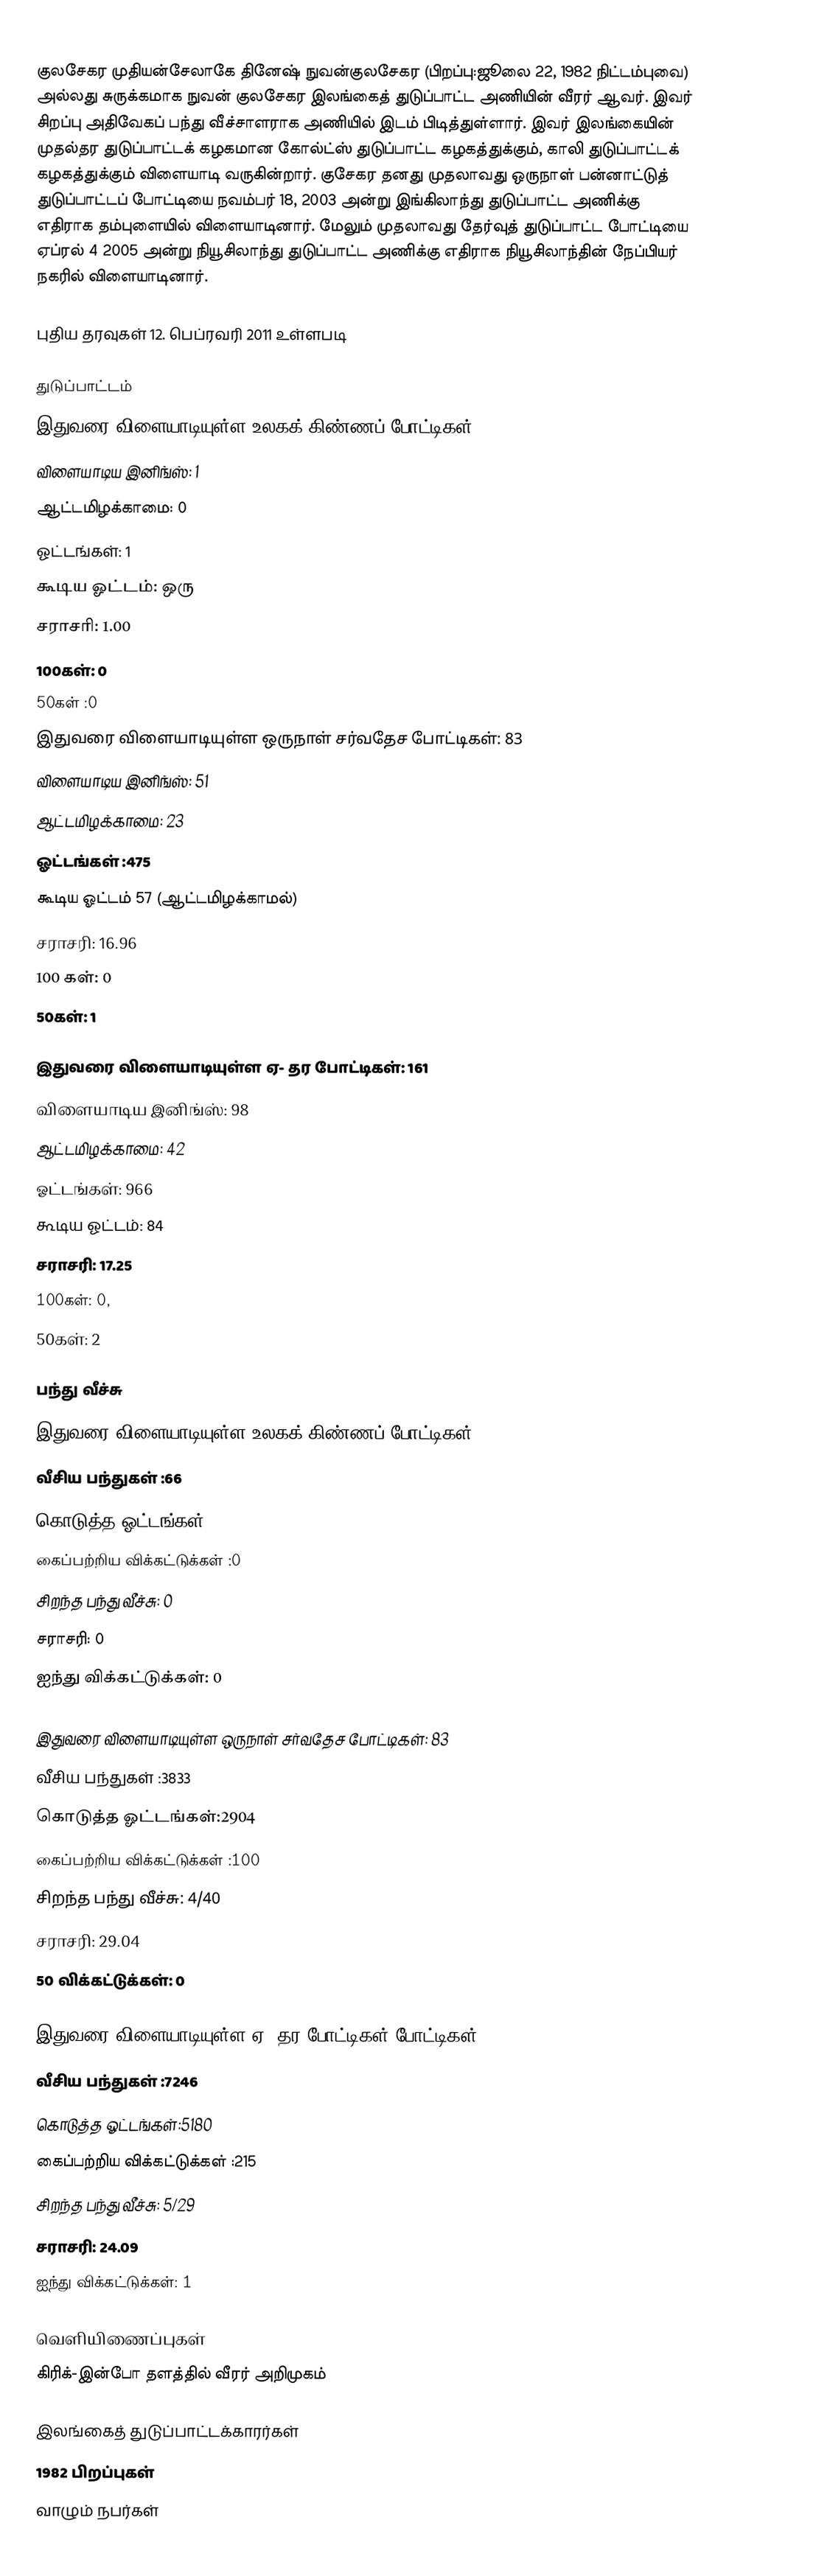
குலசேகர முதியன்சேலாகே தினேஷ் நுவன்குலசேகர (பிறப்பு:ஜூலை 22, 1982 நிட்டம்புவை) அல்லது சுருக்கமாக நுவன் குலசேகர இலங்கைத் துடுப்பாட்ட அணியின் வீரர் ஆவர். இவர் சிறப்பு அதிவேகப் பந்து வீச்சாளராக அணியில் இடம் பிடித்துள்ளார். இவர் இலங்கையின் முதல்தர துடுப்பாட்டக் கழகமான கோல்ட்ஸ் துடுப்பாட்ட கழகத்துக்கும், காலி துடுப்பாட்டக் கழகத்துக்கும் விளையாடி வருகின்றார். குசேகர தனது முதலாவது ஒருநாள் பன்னாட்டுத் துடுப்பாட்டப் போட்டியை நவம்பர் 18, 2003 அன்று இங்கிலாந்து துடுப்பாட்ட அணிக்கு எதிராக தம்புளையில் விளையாடினார். மேலும் முதலாவது தேர்வுத் துடுப்பாட்ட போட்டியை ஏப்ரல் 4 2005 அன்று நியூசிலாந்து துடுப்பாட்ட அணிக்கு எதிராக நியூசிலாந்தின் நேப்பியர் நகரில் விளையாடினார்.

புதிய தரவுகள் 12. பெப்ரவரி 2011 உள்ளபடி

துடுப்பாட்டம்
இதுவரை விளையாடியுள்ள உலகக் கிண்ணப் போட்டிகள்: 2
 விளையாடிய இனிங்ஸ்: 1
 ஆட்டமிழக்காமை: 0
 ஓட்டங்கள்: 1
 கூடிய ஓட்டம்: ஒரு
 சராசரி: 1.00
 100கள்: 0
 50கள் :0
இதுவரை விளையாடியுள்ள ஒருநாள் சர்வதேச போட்டிகள்: 83
 விளையாடிய இனிங்ஸ்: 51
 ஆட்டமிழக்காமை: 23
 ஓட்டங்கள் :475
 கூடிய ஓட்டம் 57 (ஆட்டமிழக்காமல்)
 சராசரி: 16.96
 100 கள்: 0
 50கள்: 1

இதுவரை விளையாடியுள்ள ஏ- தர போட்டிகள்: 161
 விளையாடிய இனிங்ஸ்: 98
 ஆட்டமிழக்காமை: 42
 ஓட்டங்கள்: 966
 கூடிய ஓட்டம்: 84
 சராசரி: 17.25
 100கள்: 0,
 50கள்: 2

பந்து வீச்சு
இதுவரை விளையாடியுள்ள உலகக் கிண்ணப் போட்டிகள்: 2
 வீசிய பந்துகள் :66
 கொடுத்த ஓட்டங்கள்:30
 கைப்பற்றிய விக்கட்டுக்கள் :0
 சிறந்த பந்து வீச்சு: 0
 சராசரி: 0
 ஐந்து விக்கட்டுக்கள்: 0

இதுவரை விளையாடியுள்ள ஒருநாள் சர்வதேச போட்டிகள்: 83
 வீசிய பந்துகள் :3833
 கொடுத்த ஓட்டங்கள்:2904
 கைப்பற்றிய விக்கட்டுக்கள் :100
 சிறந்த பந்து வீச்சு: 4/40
 சராசரி: 29.04
 50 விக்கட்டுக்கள்: 0

இதுவரை விளையாடியுள்ள ஏ- தர போட்டிகள் போட்டிகள்: 161
 வீசிய பந்துகள் :7246
 கொடுத்த ஓட்டங்கள்:5180
 கைப்பற்றிய விக்கட்டுக்கள் :215
 சிறந்த பந்து வீச்சு: 5/29
 சராசரி: 24.09
 ஐந்து விக்கட்டுக்கள்: 1

வெளியிணைப்புகள்
கிரிக்-இன்போ தளத்தில் வீரர் அறிமுகம்

இலங்கைத் துடுப்பாட்டக்காரர்கள்
1982 பிறப்புகள்
வாழும் நபர்கள்